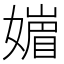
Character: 𡡻